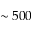
\sim 5 0 0